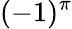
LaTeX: (-1)^{\pi}